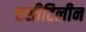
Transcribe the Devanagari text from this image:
एसीटिलीन